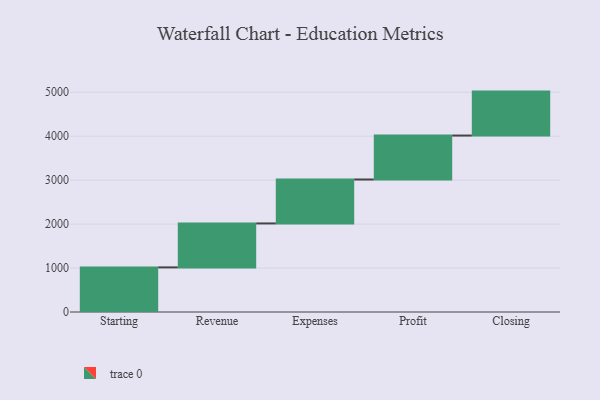
{"axis": {"x": "Step", "y": "Value"}, "legend": [""], "data": [{"x": "Starting", "y": 1015.0, "type": ""}, {"x": "Revenue", "y": 1000, "type": ""}, {"x": "Expenses", "y": 1000, "type": ""}, {"x": "Profit", "y": 1000, "type": ""}, {"x": "Closing", "y": 1000, "type": ""}]}